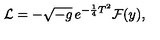
{ \cal L } = - \sqrt { - g } \thinspace e ^ { - \frac { 1 } { 4 } T ^ { 2 } } { \cal F } ( y ) ,